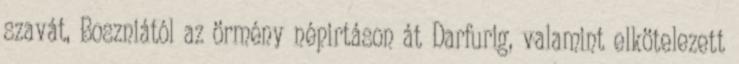
szavát, Boszniától az örmény népirtáson át Darfurig, valamint elkötelezett